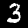
Label: 3